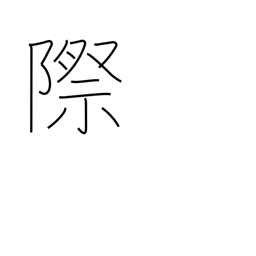
Meaning: indecent